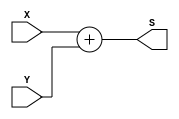
//Blake 11/20/12 4 Bit Adder
//pg290

module nbitAdder (X, Y, S);
	parameter n=4;
	input [n-1:0] X, Y;
	output reg [n:0] S;
	
	always @(X, Y)
		S = X + Y;

endmodule


/*

module my4bitAdder (carryin, X, Y, S);
	parameter n=4;
	input carryin;
	input [n-1:0] X, Y;
	output reg [n:0] S;
	
	always @(X, Y, carryin)
		S = X + Y + carryin;

endmodule

*/